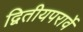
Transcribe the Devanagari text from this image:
द्वितीयपरार्वे